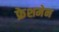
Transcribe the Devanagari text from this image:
फ्रेशमेन